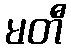
မတီ